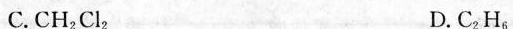
C.CH_{2}Cl_{6} D.C_{2}H_{6}